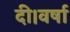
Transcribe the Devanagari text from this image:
दी।वर्षा